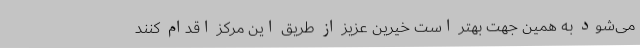
می‌شود به همین جهت بهتر است خیرین عزیز از طریق این مرکز اقدام کنند